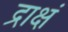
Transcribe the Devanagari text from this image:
द्राक्षं